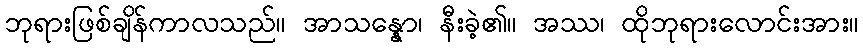
ဘုရားဖြစ်ချိန်ကာလသည်။ အာသန္နော၊ နီးခဲ့၏။ အဿ၊ ထိုဘုရားလောင်းအား။